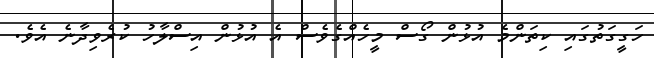
ހަގީގަތުގައި ކިތަންމެ އުޅުން ގޯސް މީހެއްގެވެސް އެ އުޅުން އިސްލާހު ކުރެވިދާނެ އެވެ.